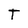
Character: T